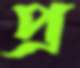
প্র